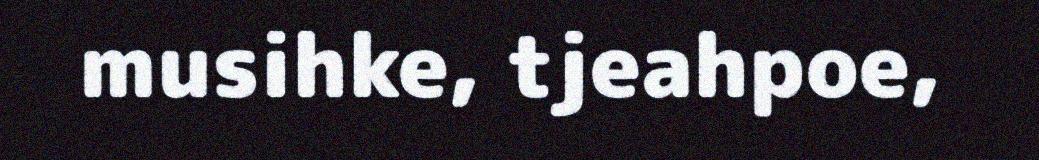
musihke, tjeahpoe,